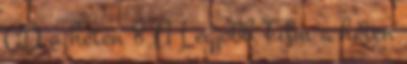
CD a héten 8 A Legjobb Film a héten